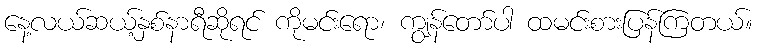
နေ့လယ်ဆယ့်နှစ်နာရီဆိုရင် ကိုမင်းရော၊ ကျွန်တော်ပါ ထမင်းစားပြန်ကြတယ်။